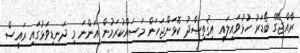
ރާއްޖޭގެ ބޯޑަރު ހުޅުވައިލައި އިޤުތިޞާދު ކޮޅަށްޖަހަން މަސައްކުރަމުން އަންނަ މި ދަނޑިވަޅުގައި ރައީސް